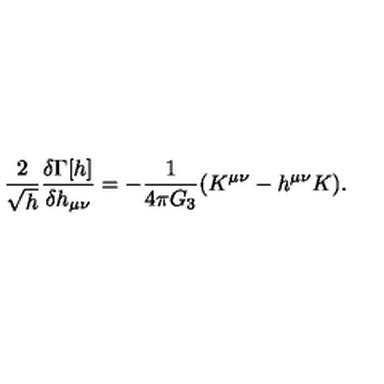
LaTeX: { \frac { 2 } { \sqrt { h } } } { \frac { \delta \Gamma [ h ] } { \delta h _ { \mu \nu } } } = - { \frac { 1 } { 4 \pi G _ { 3 } } } ( K ^ { \mu \nu } - h ^ { \mu \nu } K ) .